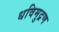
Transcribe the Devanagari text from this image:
धविमुद्रण